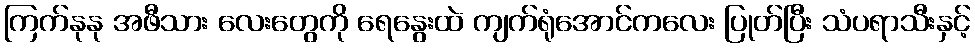
ကြက်နုနု အဖီသား လေးတွေကို ရေနွေးထဲ ကျက်ရုံအောင်ကလေး ပြုတ်ပြီး သံပရာသီးနှင့်